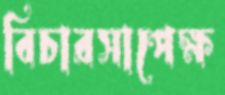
বিচারসাপেক্ষ